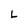
Character: L